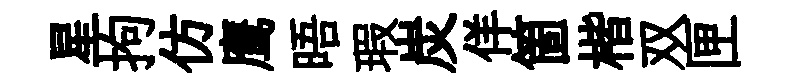
星拘仿鹰晤瑕炭佯箇楷双匣